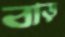
বাড়